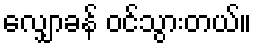
လျှောခန် ဝင်သွားတယ်။